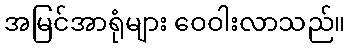
အမြင်အာရုံများ ဝေဝါးလာသည်။